Lunatic asylums in Bengal annual reports 1888-1898 - 1888-1898
Year: 1888
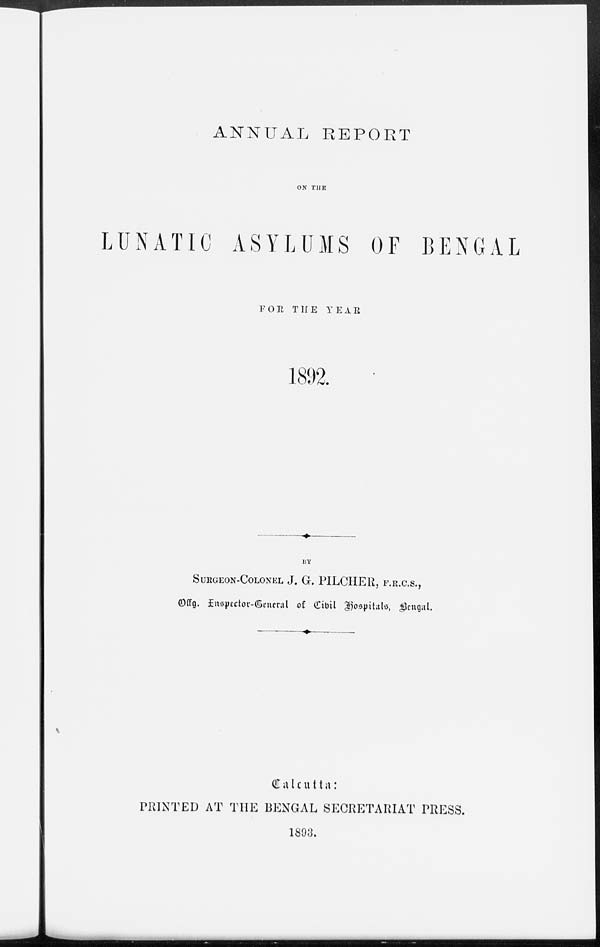
ANNUAL REPORT
ON THE
LUNATIC ASYLUMS OF BENGAL
FOR THE YEAR
1892.
BY
SURGEON-COLONEL J. G. PILCHER, F.R.C.S.,
Offg. Inspector-General of Civil hospitals, Bengal.
Calcutta:
PRINTED AT THE BENGAL SECRETARIAT PRESS.
1893.